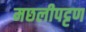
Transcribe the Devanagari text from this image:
मछलीपट्टण